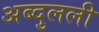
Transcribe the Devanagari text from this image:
अब्दुलली